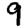
Digit: 9